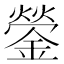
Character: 鎣